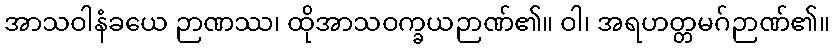
အာသဝါနံခယေ ဉာဏဿ၊ ထိုအာသဝက္ခယဉာဏ်၏။ ဝါ၊ အရဟတ္တမဂ်ဉာဏ်၏။